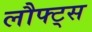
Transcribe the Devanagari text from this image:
लौफ्ट्स